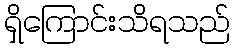
ရှိကြောင်းသိရသည်